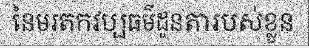
នៃមរតកវប្បធម៌ដូនតារបស់ខ្លួន